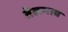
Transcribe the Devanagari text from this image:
तेलगाव